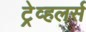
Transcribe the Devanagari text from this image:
ट्रेव्हलर्स